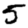
Digit: 5